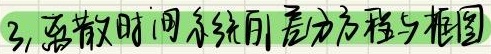
3. 离散时间系统的差分方程与框图